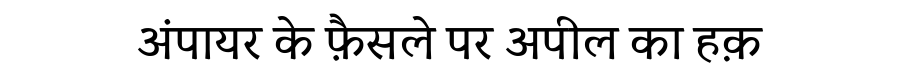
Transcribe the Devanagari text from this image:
अंपायर के फ़ैसले पर अपील का हक़